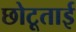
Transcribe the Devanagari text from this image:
छोटूताई